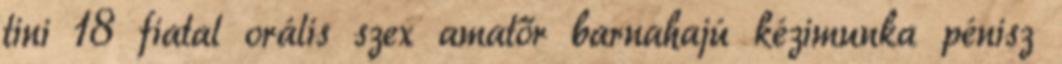
tini 18 fiatal orális szex amatőr barnahajú kézimunka pénisz